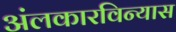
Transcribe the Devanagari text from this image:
अंलकारविन्यास